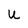
Character: u